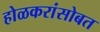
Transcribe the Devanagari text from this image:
होळकरांसोबत